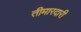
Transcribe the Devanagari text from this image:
तीमारदारी